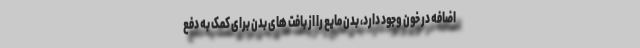
اضافه در خون وجود دارد، بدن مایع را از بافت های بدن برای کمک به دفع